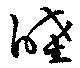
睦